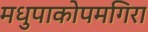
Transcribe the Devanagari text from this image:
मधुपाकोपमगिरा